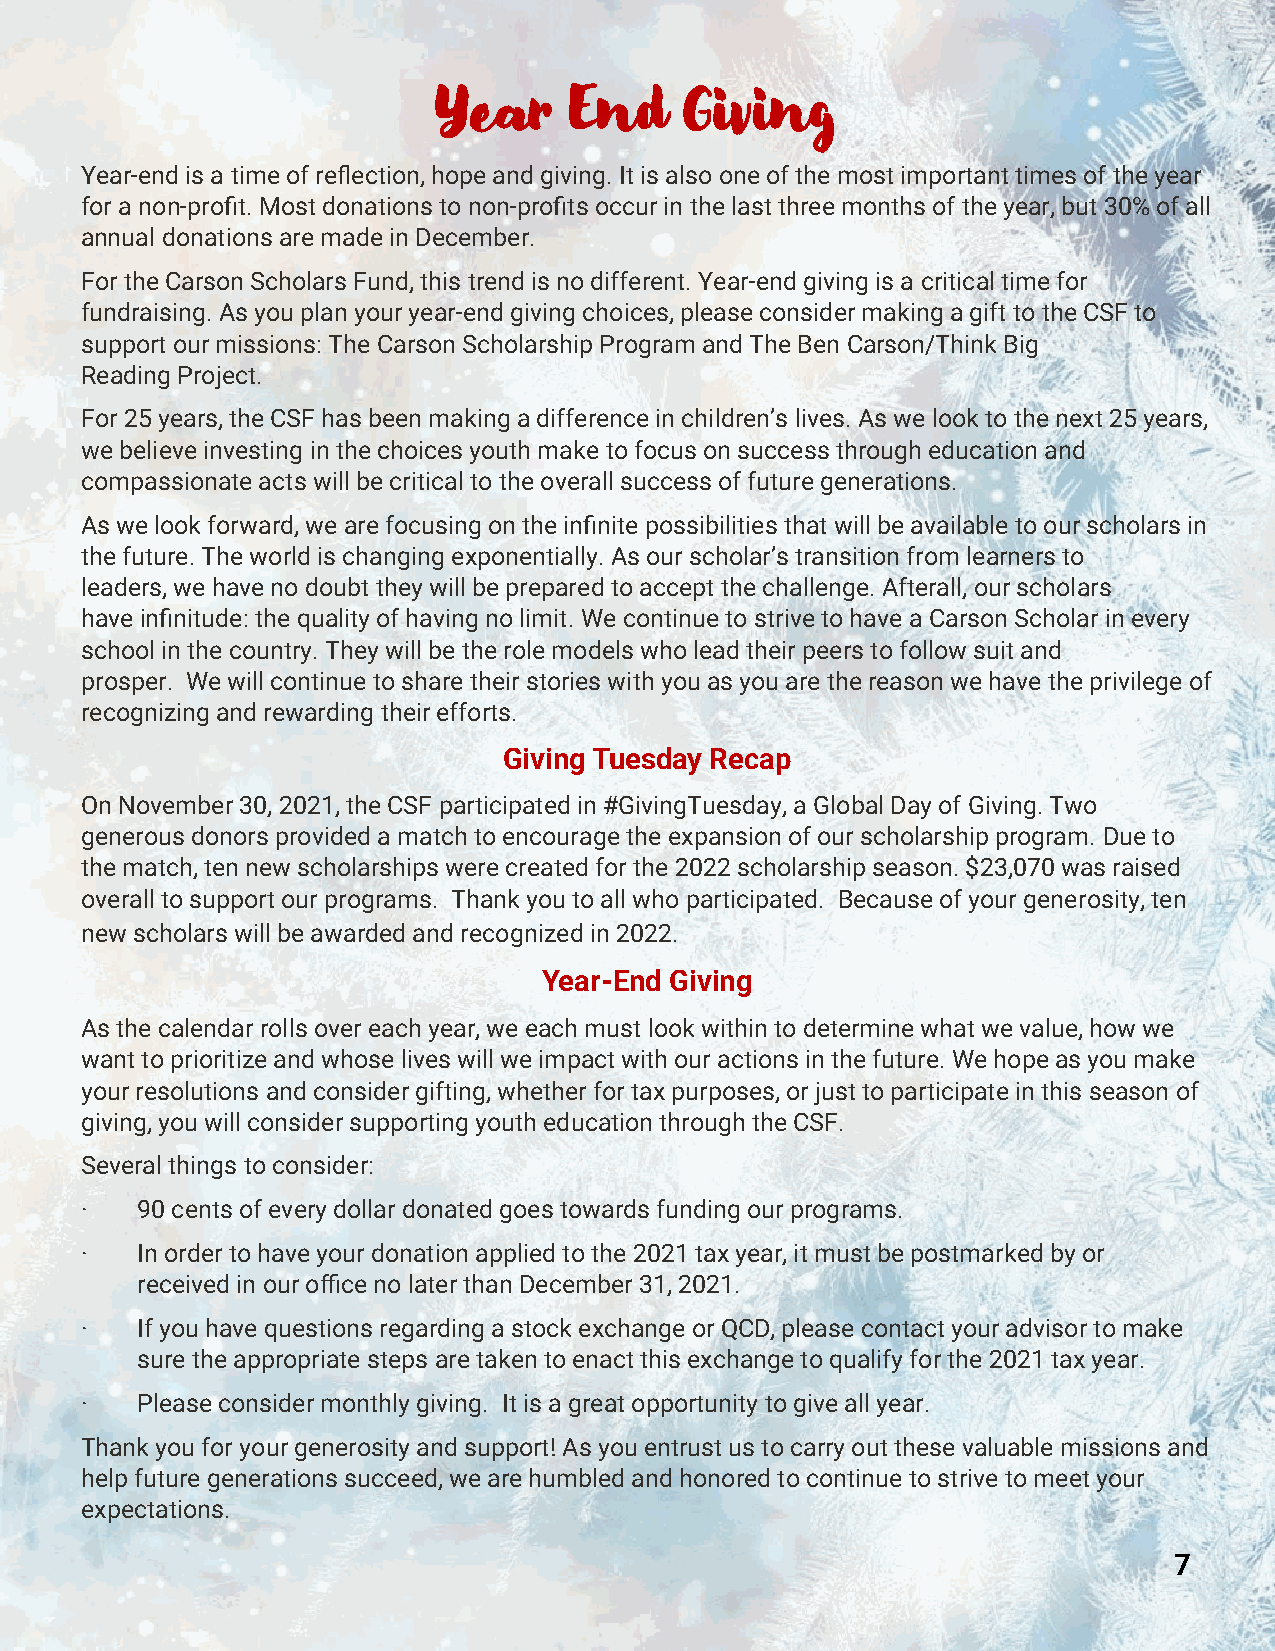
Year     End    Giving
 Year-end is a time of reflection, hope and giving. It is also one of the most important times of the year
 for a non-profit. Most donations to non-profits occur in the last three months of the year, but 30% of all
 annual donations are made in December.
 For the Carson Scholars Fund, this trend is no different. Year-end giving is a critical time for
 fundraising. As you plan your year-end giving choices, please consider making a gift to the CSF to
 support our missions: The Carson Scholarship Program and The Ben Carson/Think Big
 Reading Project.
 For 25 years, the CSF has been making a difference in children’s lives. As we look to the next 25 years,
 we believe investing in the choices youth make to focus on success through education and
 compassionate acts will be critical to the overall success of future generations.
 As we look forward, we are focusing on the infinite possibilities that will be available to our scholars in
 the future. The world is changing exponentially. As our scholar’s transition from learners to
 leaders, we have no doubt they will be prepared to accept the challenge. Afterall, our scholars
 have infinitude: the quality of having no limit. We continue to strive to have a Carson Scholar in every
 school in the country. They will be the role models who lead their peers to follow suit and
 prosper. We will continue to share their stories with you as you are the reason we have the privilege of
 recognizing and rewarding their efforts.
 Giving Tuesday Recap
 On November 30, 2021, the CSF participated in #GivingTuesday, a Global Day of Giving. Two
 generous donors provided a match to encourage the expansion of our scholarship program. Due to
 the match, ten new scholarships were created for the 2022 scholarship season. $23,070 was raised
 overall to support our programs. Thank you to all who participated. Because of your generosity, ten
 new scholars will be awarded and recognized in 2022.
 Year-End Giving
 As the calendar rolls over each year, we each must look within to determine what we value, how we
 want to prioritize and whose lives will we impact with our actions in the future. We hope as you make
 your resolutions and consider gifting, whether for tax purposes, or just to participate in this season of
 giving, you will consider supporting youth education through the CSF.
 Several things to consider:
 ·   90 cents of every dollar donated goes towards funding our programs.
 ·   In order to have your donation applied to the 2021 tax year, it must be postmarked by or
 received in our office no later than December 31, 2021.
 ·   If you have questions regarding a stock exchange or QCD, please contact your advisor to make
 sure the appropriate steps are taken to enact this exchange to qualify for the 2021 tax year.
 ·   Please consider monthly giving. It is a great opportunity to give all year.
 Thank you for your generosity and support! As you entrust us to carry out these valuable missions and
 help future generations succeed, we are humbled and honored to continue to strive to meet your
 expectations.
 7